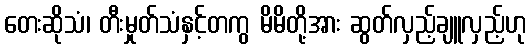
တေးဆိုသံ၊ တီးမှုတ်သံနှင့်တကွ မိမိတို့အား ဆွတ်လှည့်ချူလှည့်ဟု